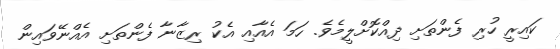
ކައިރީ ހުރި ފެންތަށި ދިއްކޮށްލީމެވެ. ހަމަ އެއާއި އެކު ރިޒާނާ ފެންތަށި އެއްނޭވައިން